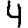
Digit: 4